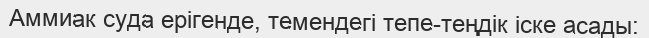
Аммиак суда ерігенде, темендегі тепе-теңдік іске асады: